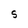
Character: S